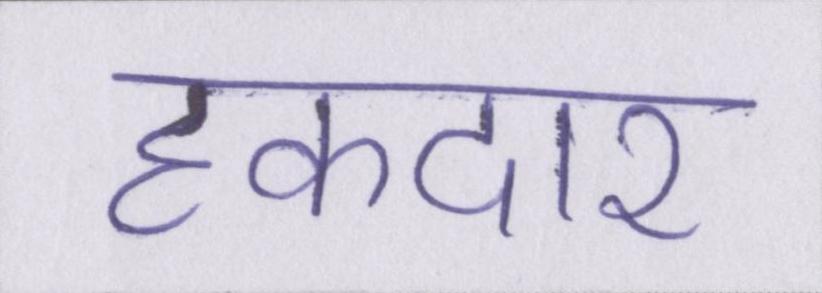
हकदार